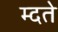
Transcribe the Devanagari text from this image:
म्दते